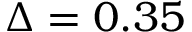
\Delta = 0 . 3 5